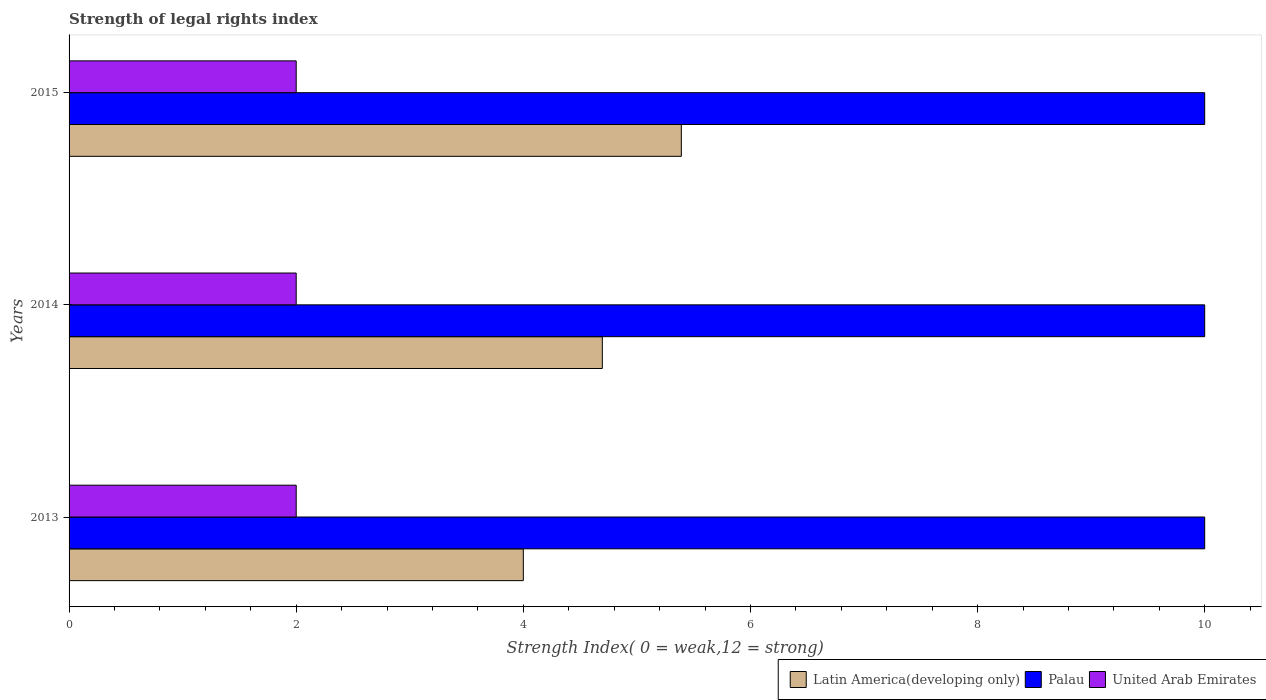
| Years | Latin America(developing only) | Palau | United Arab Emirates |
 | --- | --- | --- | --- |
 | 2013 | 4 | 10 | 2 |
 | 2014 | 4.7 | 10 | 2 |
 | 2015 | 5.39 | 10 | 2 |